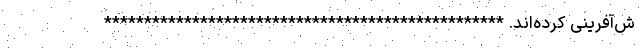
ش‌آفرینی کرده‌اند. **************************************************